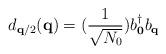
LaTeX: \begin{align*}d_{ {\bf{q}}/2 }({\bf{q}}) = (\frac{1}{ \sqrt{N_{0}} })b^{\dagger}_{ {\bf{0}} }b_{ {\bf{q}} }\end{align*}